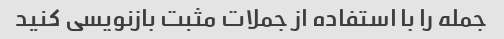
جمله را با استفاده از جملات مثبت بازنویسی کنید